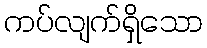
ကပ်လျက်ရှိသော